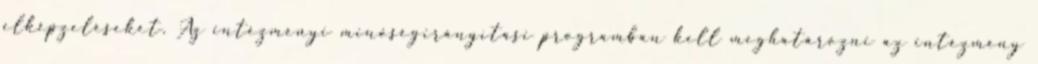
elképzeléseket. Az intézményi minőségirányítási programban kell meghatározni az intézmény